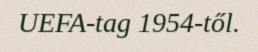
UEFA-tag 1954-től.